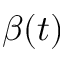
\beta ( t )